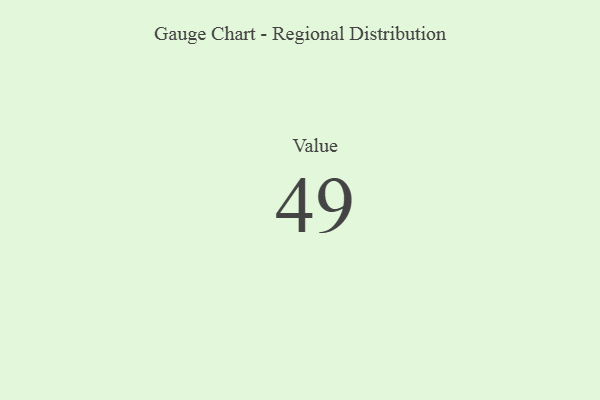
{"axis": {"x": "Metric", "y": "Value"}, "legend": [""], "data": [{"x": "Value", "y": 49, "type": ""}]}